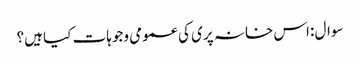
سوال :اس خانہ پری کی عمومی وجوہات کیا ہیں؟